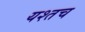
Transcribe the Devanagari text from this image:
यश्तच